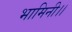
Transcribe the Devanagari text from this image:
भामिनी।।